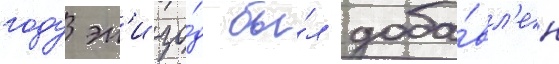
году эп'изо́д бы́л доба́вл'ен